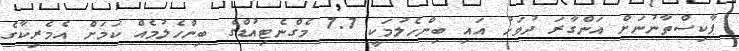
ޕާކިސްތާނުނަށް އަންގާރަ ދުވަހު އައި ބިންހެލުމަކީ 7.7 މެގްނެޓިއުޑްގެ ބިންހެލުމެއް ކަމަށް އެމެރިކާގެ